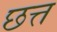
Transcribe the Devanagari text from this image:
छत्त